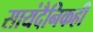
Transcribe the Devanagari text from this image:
सायंदैनिकही